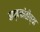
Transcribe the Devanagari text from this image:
बाष्पकोठीच्या